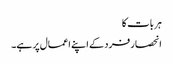
ہر بات کا
انحصار فرد کے اپنے اعمال پر ہے۔